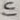
Text: In